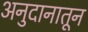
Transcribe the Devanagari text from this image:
अनुदानातून